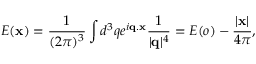
E ( { \bf x } ) = \frac { 1 } { ( 2 \pi ) ^ { 3 } } \int d ^ { 3 } q e ^ { i { \bf q . x } } \frac { 1 } { | { \bf q } | ^ { 4 } } = E ( o ) - \frac { | { \bf x } | } { 4 \pi } ,